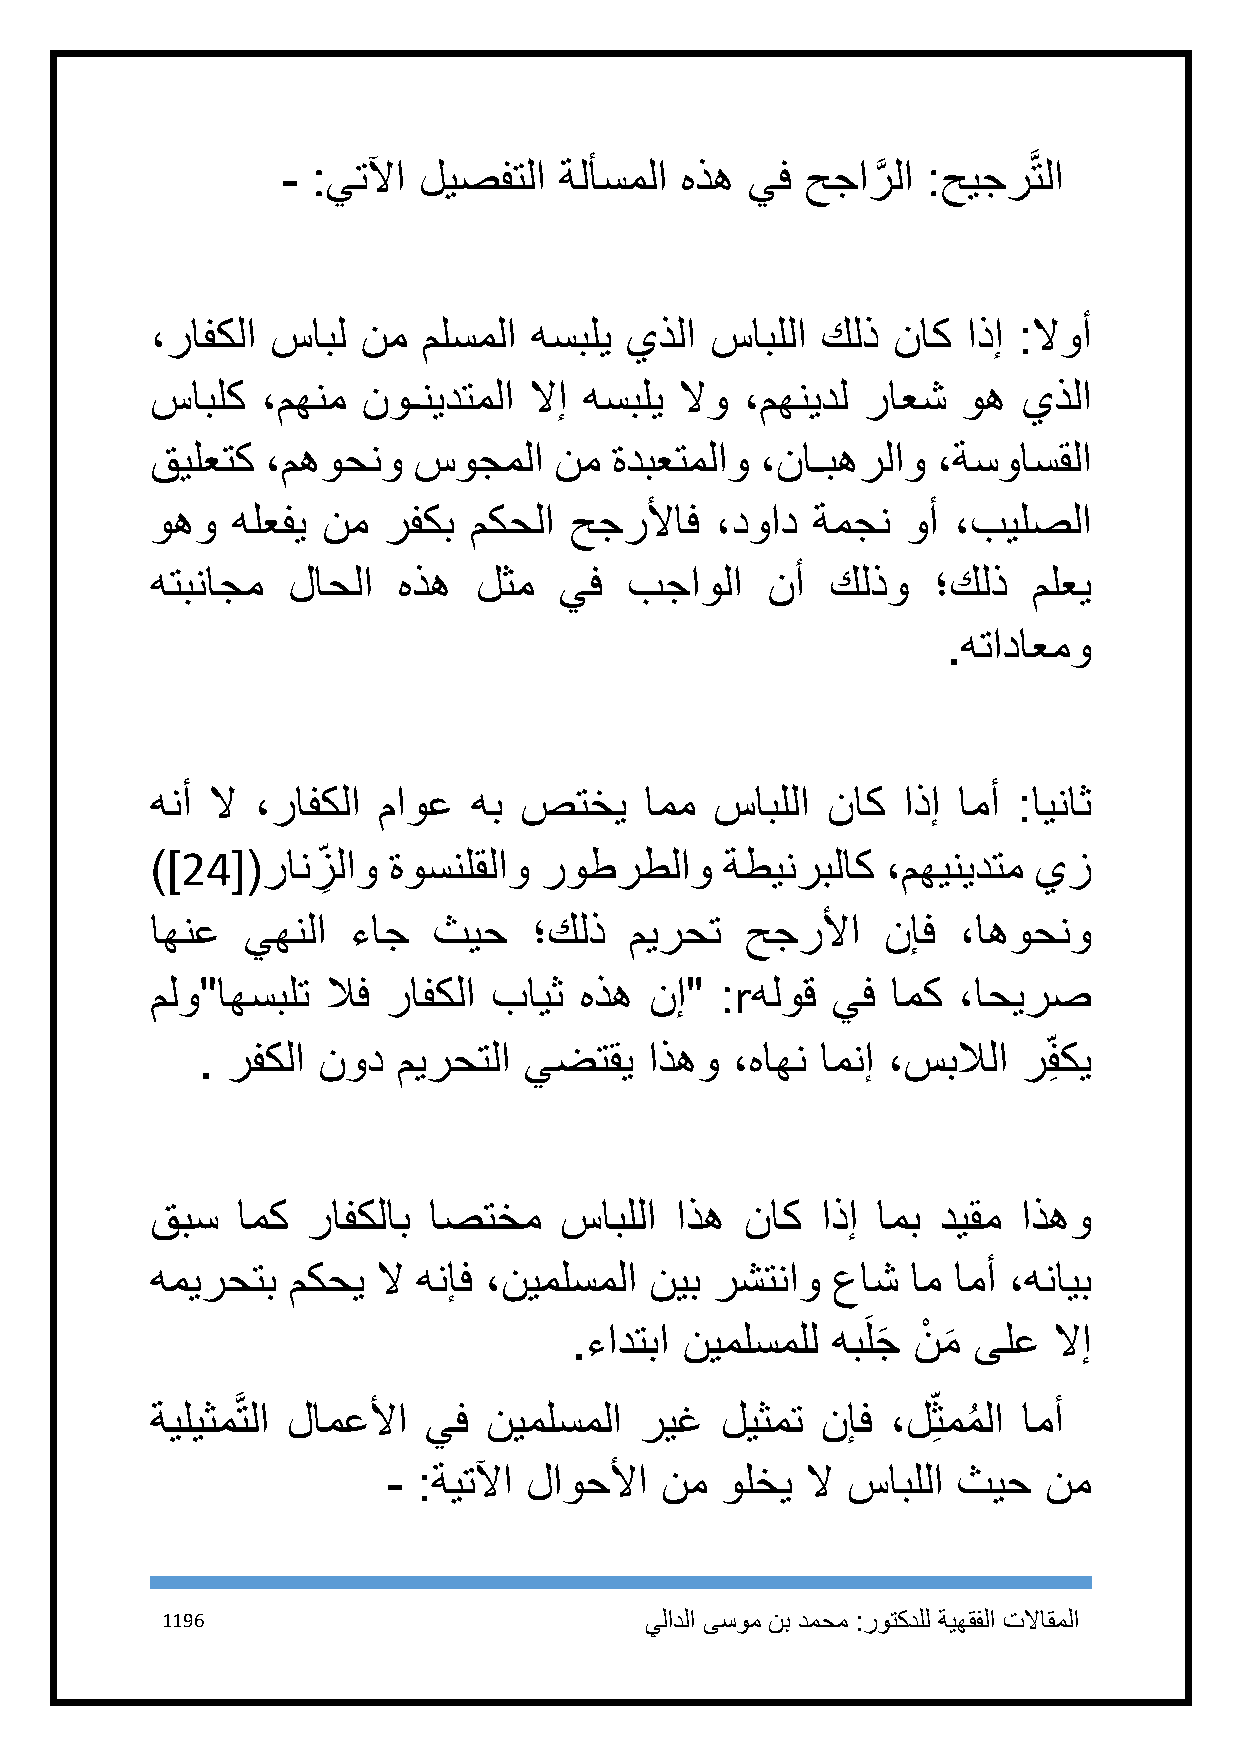
- :يتلآا ليصفتلا  ةلأسملا هذه يف  حجارَّ لا :حيجرَّتلا
 ،رافكلا سابل  نم  ملسملا هسبلي يذلا  سابللا كلذ  ناك  اذإ :لاوأ
 سابلك  ،مهنم  نوـنيدتملا لاإ هسبلي لاو ،مهنيدل راعش   وه  يذلا
 قيلعتك  ،مهوحنو  سوجملا    نم ةدبعتملاو ،ناـبهرلاو  ،ةسواسقلا
 وهو  هلعفي نم  رفكب  مكحلا  حجرلأاف  ،دواد  ةمجن  وأ ،بيلصلا
 هتبناجم  لاحلا  هذه   لثم  يف   بجاولا   نأ  كلذو   ؛كلذ  ملعي
 .هتاداعمو
 هنأ لا ،رافكلا ماوع  هب صتخي     امم سابللا  ناك  اذإ امأ :ايناث
 )]24[(رانز
 ِ
 لاو ةوسنلقلاو روطرطلاو    ةطينربلاك  ،مهينيدتم يز
 اهنع  يهنلا  ءاج   ثيح   ؛كلذ   ميرحت  حجرلأا    نإف ،اهوحنو
 ملو"اهسبلت  لاف رافكلا بايث هذه  نإ"  :rهلوق يف  امك ،احيرص
 . رفكلا نود  ميرحتلا  يضتقي   اذهو ،هاهن امنإ ،سبلالا  ر فِ كي
 قبس   امك رافكلاب اصتخم    سابللا  اذه ناك  اذإ امب ديقم  اذهو
 هميرحتب  مكحي  لا هنإف ،نيملسملا نيب رشتناو  عاش  ام امأ ،هنايب
 .ءادتبا نيملسملل هبَلجَ نْ م
 َ
 ىلع   لاإ
 ةيليثمَّتلا لامعلأا يف نيملسملا ريغ   ليثمت نإف  ،ل ِثممُ لا امأ
 - :ةيتلآا لاوحلأا نم  ولخي لا سابللا ثيح   نم
 1196                            يلادلا ىسوم نب دمحم :روتكدلل ةيهقفلا تلااقملا